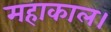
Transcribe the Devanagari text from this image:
महाकाल।